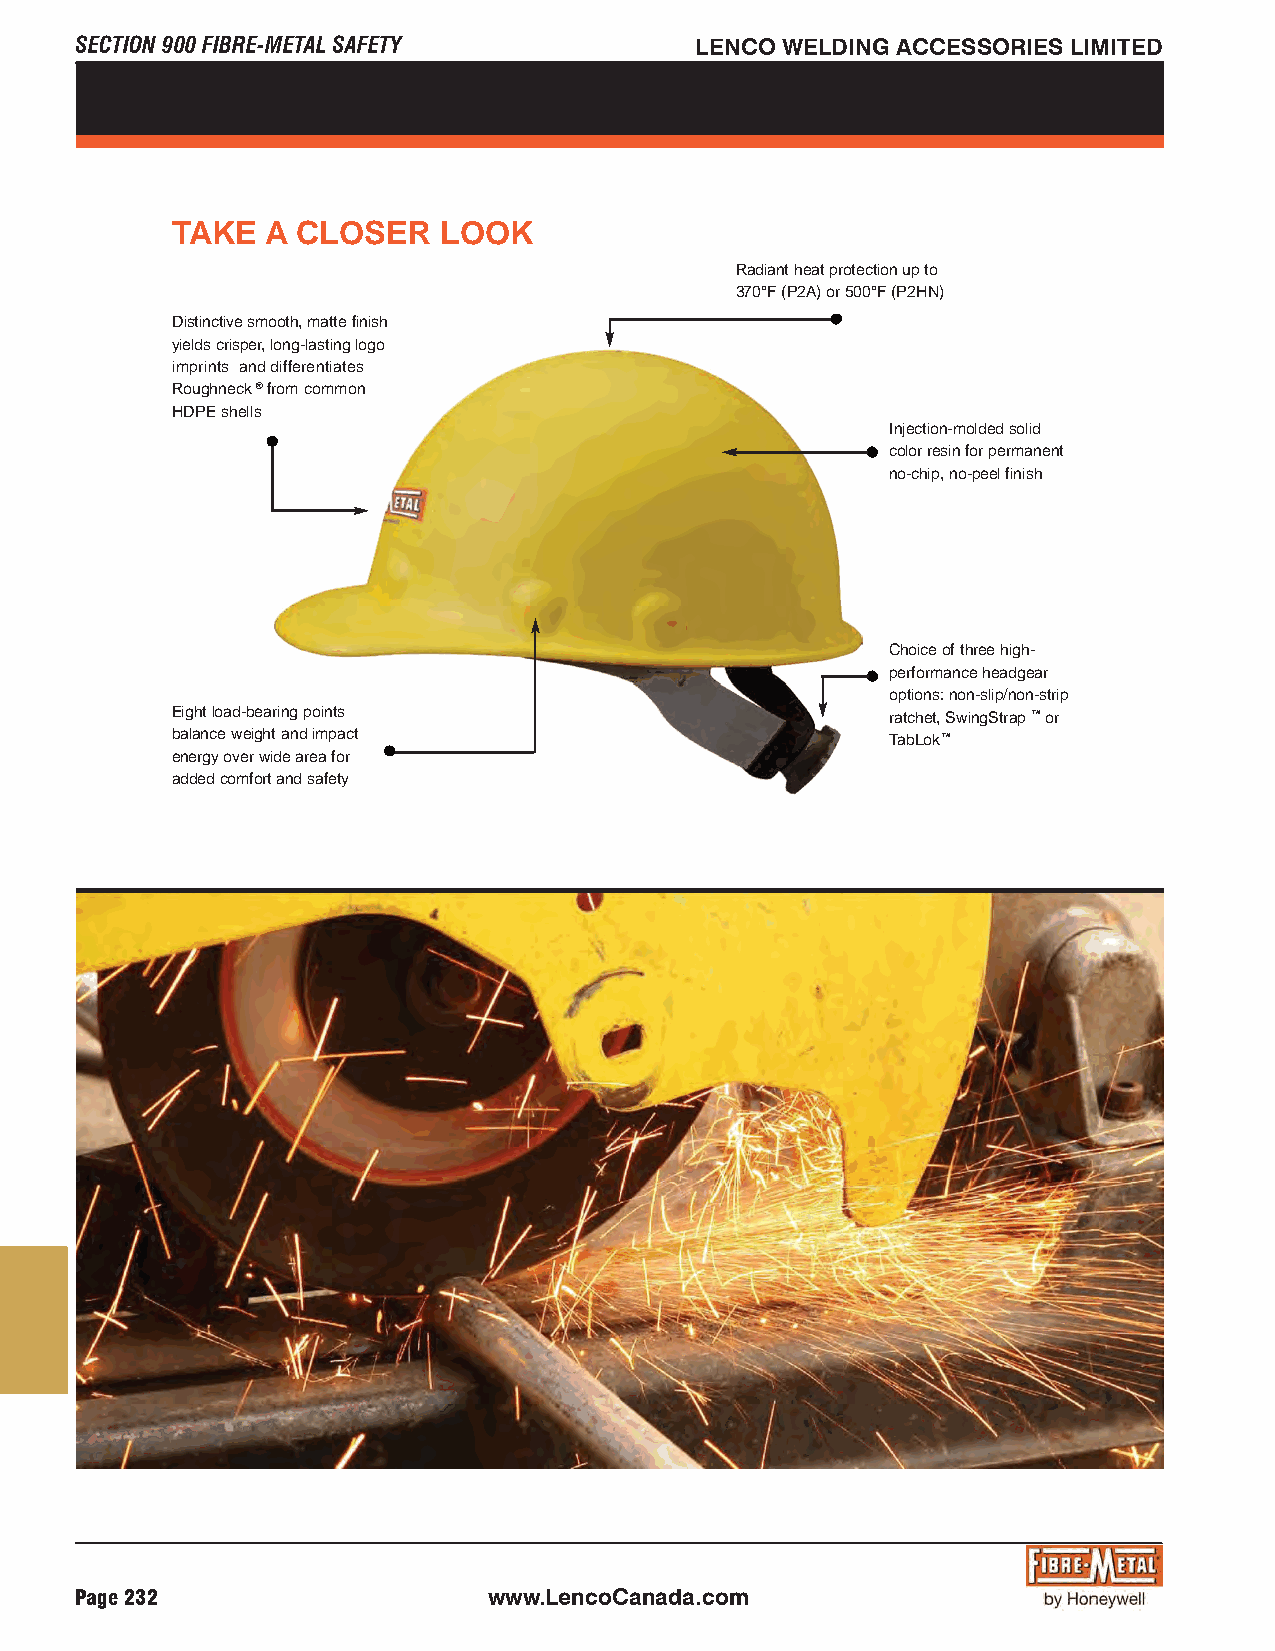
SECTION 900 FIBRE-METAL SAFETY           LENCO WELDING ACCESSORIES LIMITED
 TAKE   A CLOSE  R LOOK
 Radiant heat protection up to
 370°F (P2A) or 500°F (P2HN)
 Distinctive smooth, matte finish
 yields crisper, long-lasting logo
 imprints and differentiates
 Roughneck®from common
 HDPE shells
 Injection-molded solid
 color resin for permanent
 no-chip, no-peel finish
 Choice of three high-
 performance headgear
 options: non-slip/non-strip
 Eight load-bearing points                       ratchet, SwingStrap™or
 balance weight and impact                       TabLok™
 energy over wide area for
 added comfort and safety
 Page 232                   www.LencoCanada.com